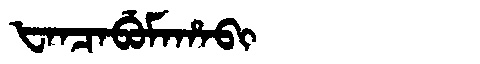
Manchu: ᡶᠠᠨᠴᠠᠪᡠᠮᠠᡥᠠᠪᡳ
Romanization: FANCABUMAHABI